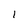
Character: 1